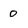
Character: O